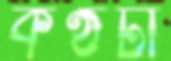
কণ্ঠটা